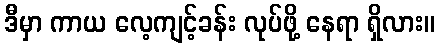
ဒီမှာ ကာယ လေ့ကျင့်ခန်း လုပ်ဖို့ နေရာ ရှိလား။